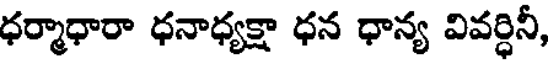
ధర్మాధారా ధనాధ్యక్షా ధన ధాన్య వివర్ధినీ,